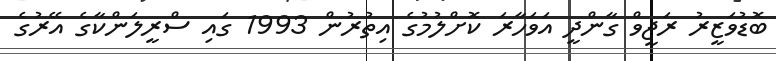
ބޮޑުވަޒީރު ރަޖީވް ގާންދީ އަވަހާރަ ކޮށްލުމުގެ އިތުރުން 1993 ގައި ސްރީލަންކާގެ އޭރުގެ